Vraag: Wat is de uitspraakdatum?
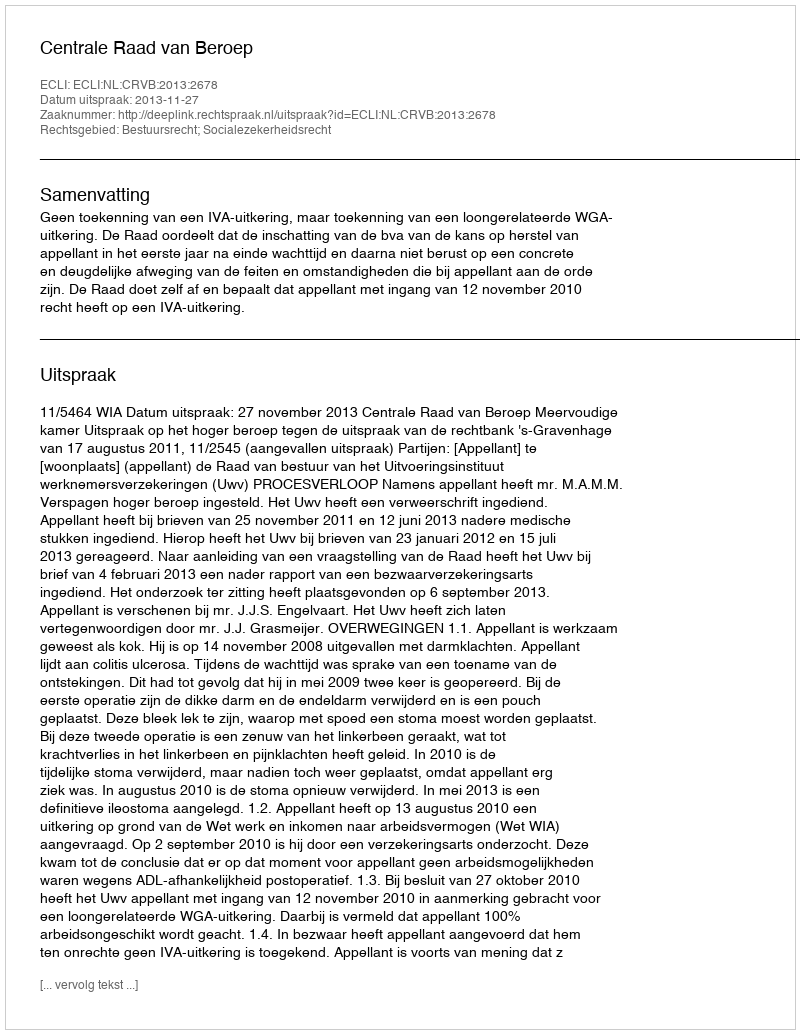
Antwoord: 2013-11-27